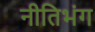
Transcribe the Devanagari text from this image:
नीतिभंग